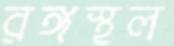
রঙ্গস্থল